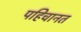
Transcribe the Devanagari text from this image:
पहिचानत